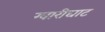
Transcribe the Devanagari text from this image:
ग्वारीघाट